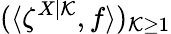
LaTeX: (\langle\zeta^{X|\mathcal{K}},f\rangle)_{\mathcal{K}\geq1}